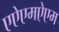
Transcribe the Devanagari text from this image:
एऐएमऐएम